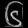
Digit: ၆